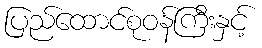
ပြည်ထောင်စုဝန်ကြီးနှင့်